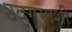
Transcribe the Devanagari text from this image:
उद्‌गमाशी